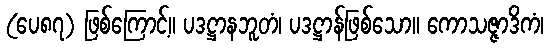
(ပေ၈၇) ဖြစ်ကြောင့်။ ပဒဋ္ဌာနဘူတံ၊ ပဒဋ္ဌာန်ဖြစ်သော။ ကောသဇ္ဇာဒိကံ၊